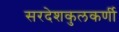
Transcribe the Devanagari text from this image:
सरदेशकुलकर्णी